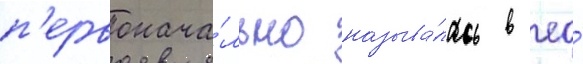
п'ервонача́льно называ́лась в ео́